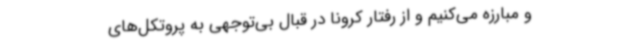
و مبارزه می‌کنیم و از رفتار کرونا در قبال بی‌توجهی به پروتکل‌های